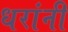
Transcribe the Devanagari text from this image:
धरांनी